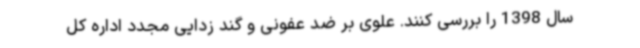
سال 1398 را بررسی کنند. علوی بر ضد عفونی و گند زدایی مجدد اداره کل